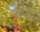
શિકલ